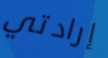
إرادتي